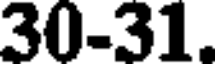
30-31.